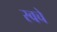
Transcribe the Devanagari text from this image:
स्वचे